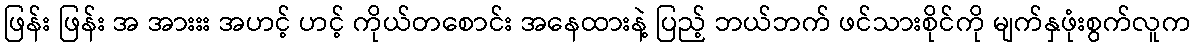
ဖြန်း ဖြန်း အ အားးး အဟင့် ဟင့် ကိုယ်တစောင်း အနေထားနဲ့ ပြည့် ဘယ်ဘက် ဖင်သားစိုင်ကို မျက်နှဖုံးစွက်လူက